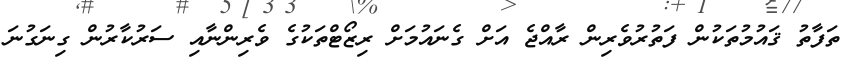
ތަފާތު ޤައުމުތަކުން ފަތުރުވެރިން ރާއްޖެ އަށް ގެނައުމަށް ރިޒޯޓްތަކުގެ ވެރިންނާއި ސަރުކާރުން ގިނަގުނަ